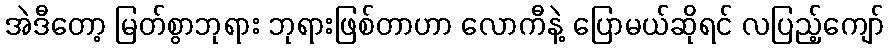
အဲဒီတော့ မြတ်စွာဘုရား ဘုရားဖြစ်တာဟာ လောကီနဲ့ ပြောမယ်ဆိုရင် လပြည့်ကျော်